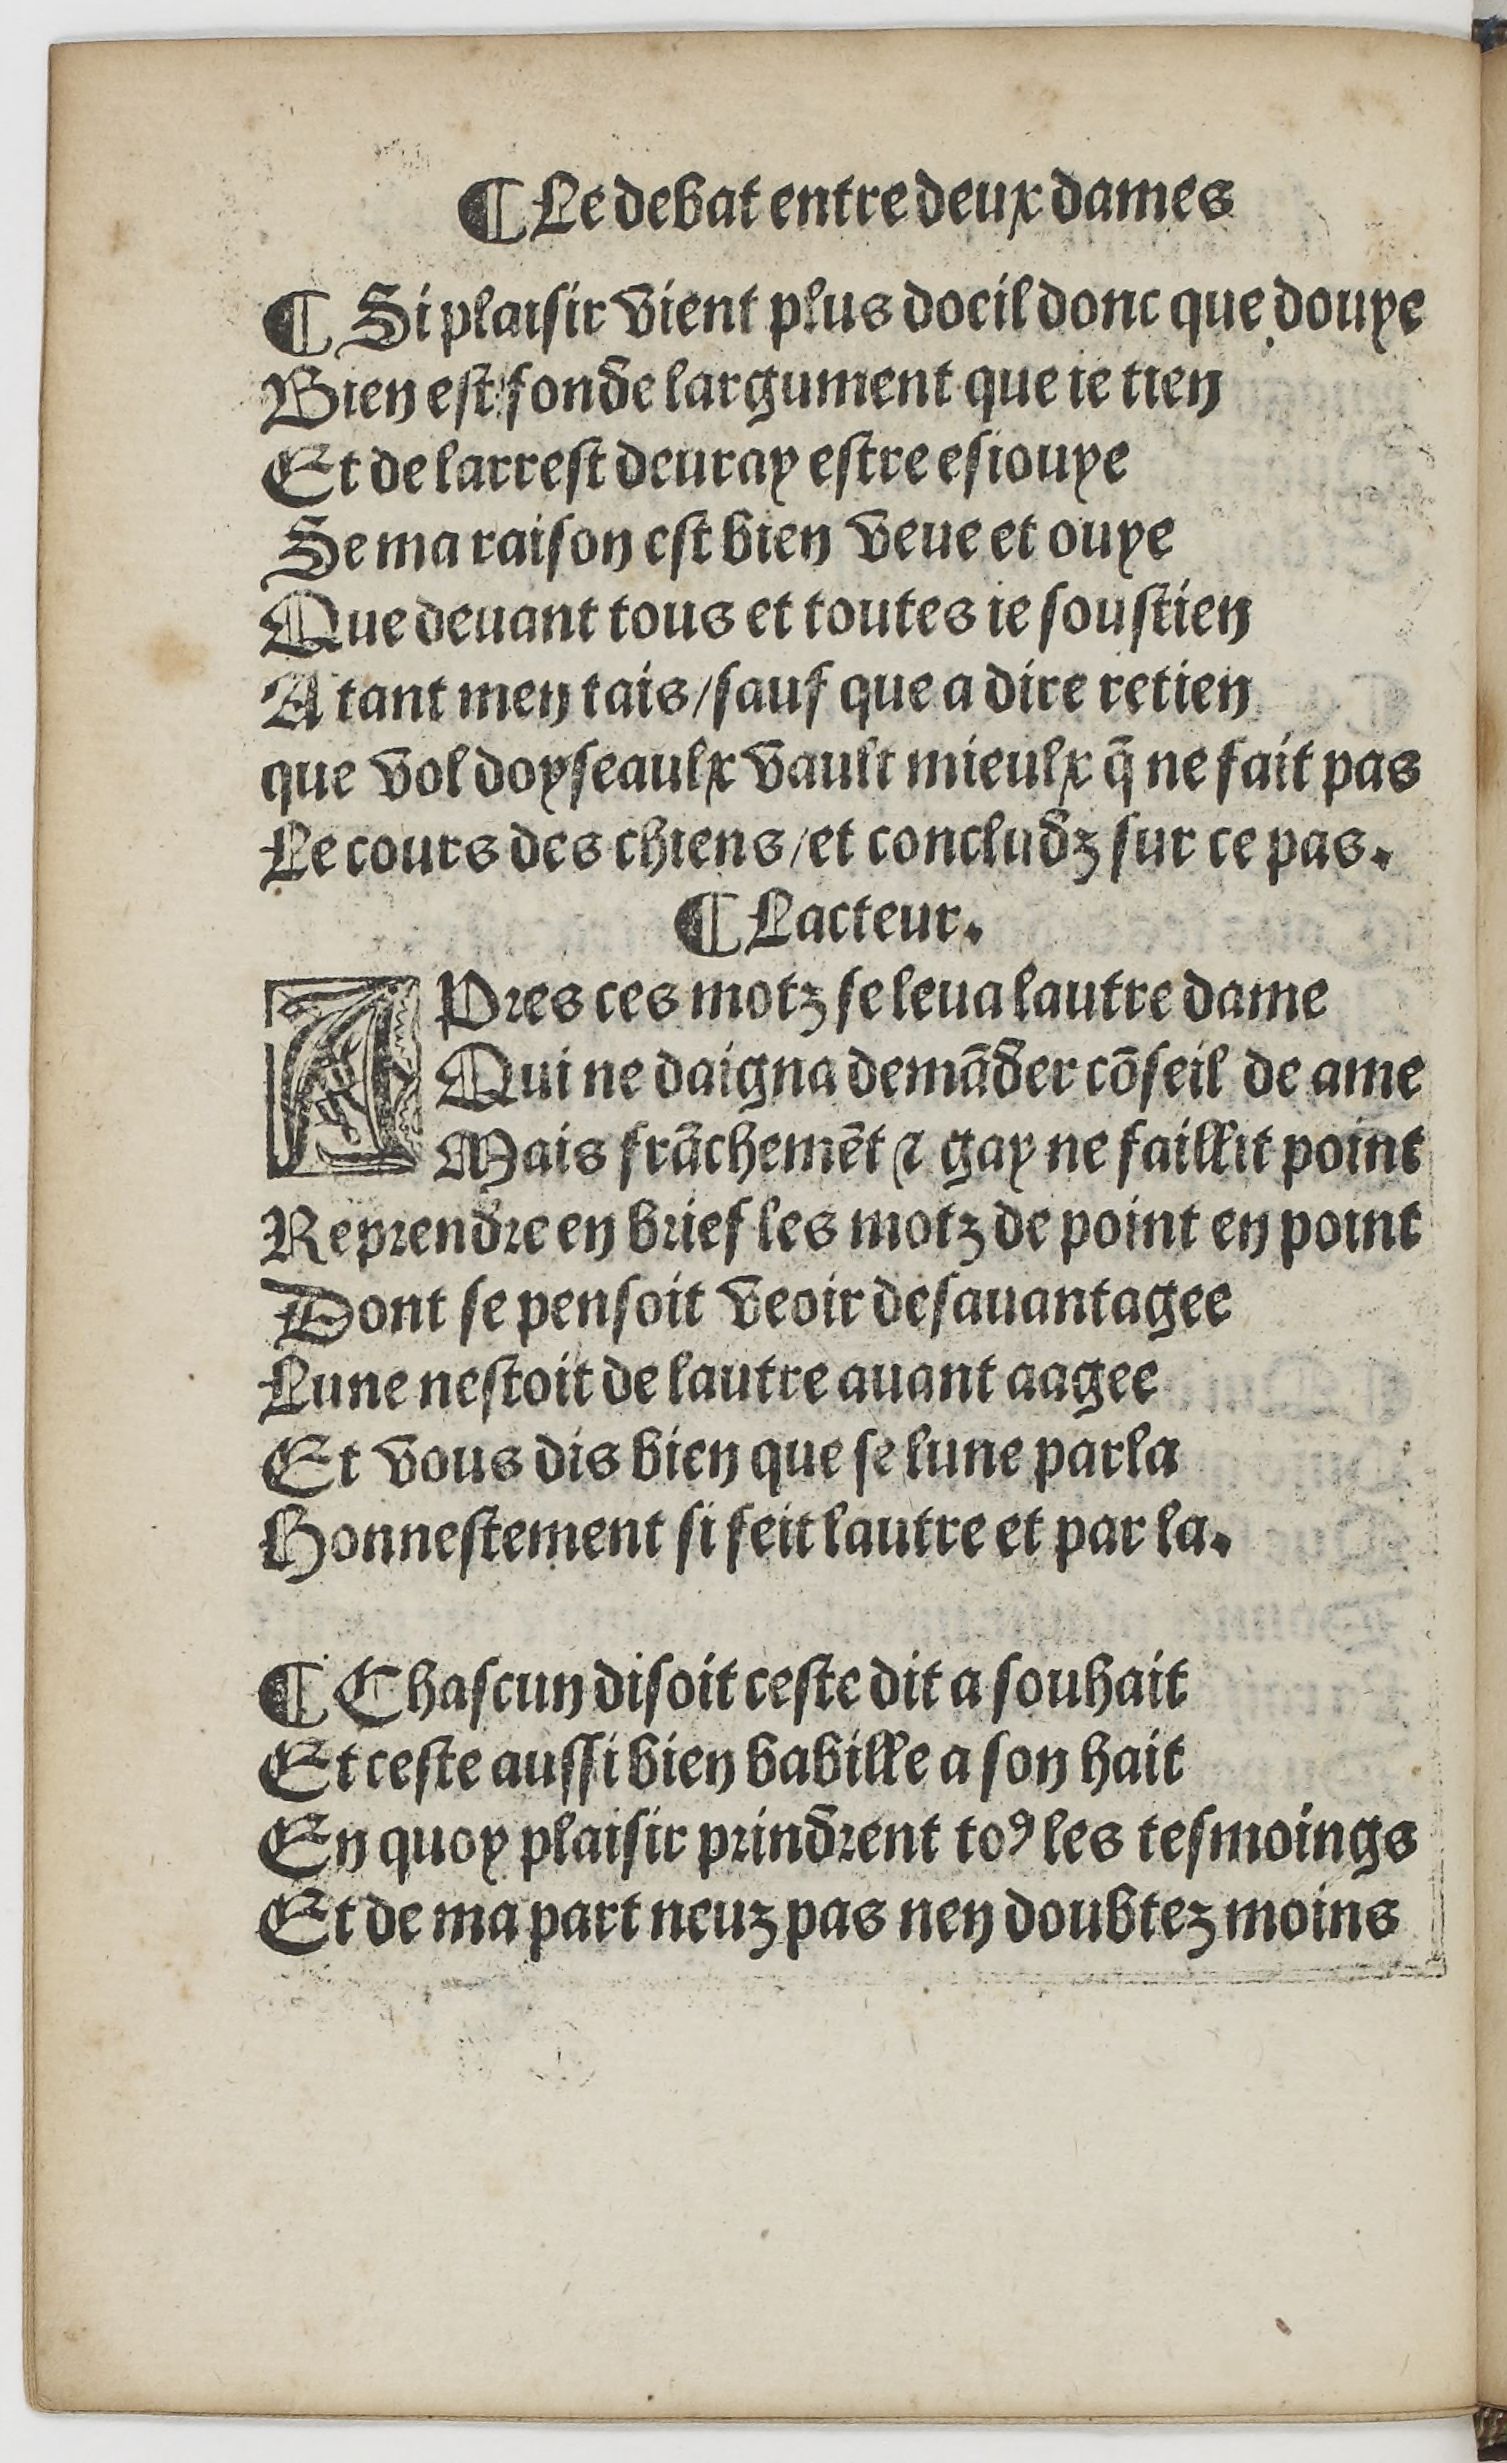
Shelfmark: Paris, BnF, Rés. YE-1395
Century: 16